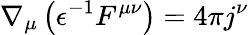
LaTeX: \nabla_{\mu}\left(\epsilon^{-1}F^{\mu\nu}\right)=4\pi j^{\nu}